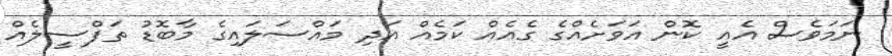
ނަމަވެސް އެއީ ކޮން އަވަށެއްގެ ގެއެއް ކަމެއް އަދި މައްސަލައިގެ މާބޮޑު ތަފްސީލެއް